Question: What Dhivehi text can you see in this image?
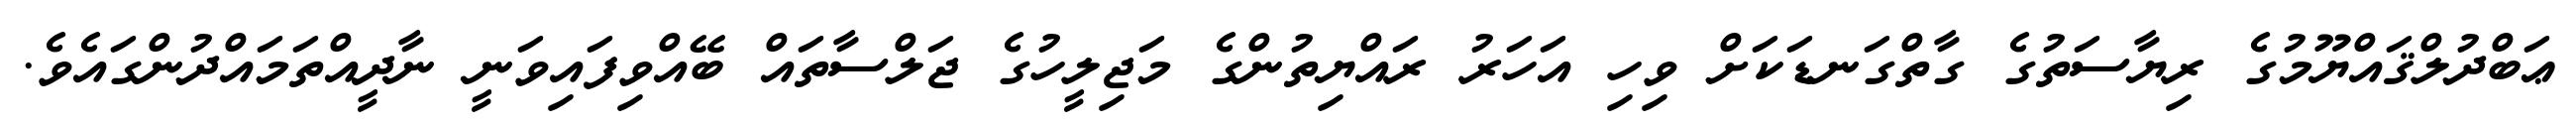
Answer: ޢަބްދުލްޤައްޔޫމުގެ ރިޔާސަތުގެ ގާތްގަނޑަކަށް ވިހި އަހަރު ރައްޔިތުންގެ މަޖިލީހުގެ ޖަލްސާތައް ބޭއްވިފައިވަނީ ނާދީއްތަމައްދުންގައެވެ.